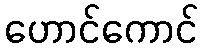
ဟောင်ကောင်